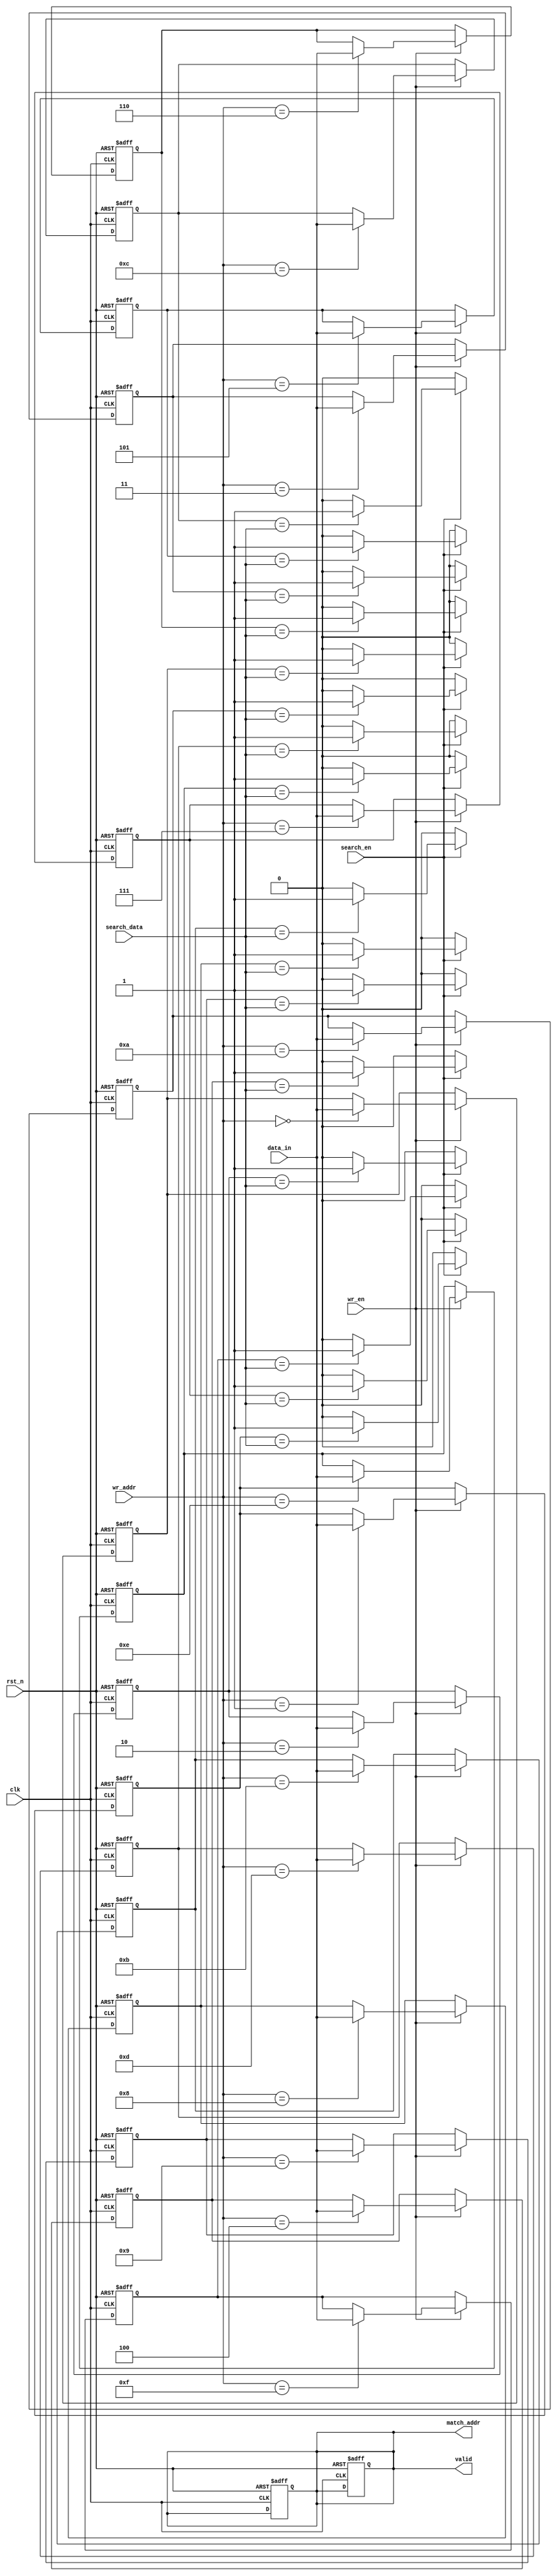
module Multimatch_CAM #(
    parameter DATA_WIDTH = 8,      // Width of each data entry
    parameter DEPTH = 16            // Number of entries in the CAM
)(
    input wire clk,                 // Clock signal
    input wire rst_n,               // Active low reset
    input wire [DATA_WIDTH-1:0] data_in, // Data input for write operation
    input wire [3:0] wr_addr,       // Write address
    input wire wr_en,               // Write enable signal
    input wire [DATA_WIDTH-1:0] search_data, // Data to search for
    input wire search_en,           // Search enable signal
    output reg [DEPTH-1:0] match_addr, // Match addresses
    output reg [DEPTH-1:0] valid    // Valid signals for matches
);

    // Storage array
    reg [DATA_WIDTH-1:0] storage [0:DEPTH-1];
    integer i;

    // Sequential logic for writing data to CAM
    always @(posedge clk or negedge rst_n) begin
        if (!rst_n) begin
            // Reset storage
            for (i = 0; i < DEPTH; i = i + 1) begin
                storage[i] <= 0;
            end
            match_addr <= 0;
            valid <= 0;
        end else if (wr_en) begin
            // Write data to the specified address
            storage[wr_addr] <= data_in;
        end
    end

    // Combinational logic for searching
    always @(*) begin
        if (search_en) begin
            match_addr = 0;
            valid = 0;
            for (i = 0; i < DEPTH; i = i + 1) begin
                if (storage[i] == search_data) begin
                    match_addr[i] = 1'b1; // Set match address
                    valid[i] = 1'b1;      // Set valid signal
                end
            end
        end else begin
            match_addr = 0;
            valid = 0;
        end
    end

endmodule